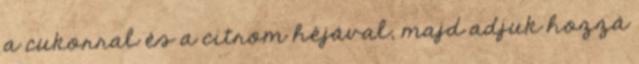
a cukorral és a citrom héjával, majd adjuk hozzá